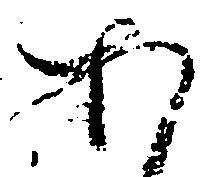
あ